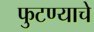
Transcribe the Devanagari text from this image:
फुटण्याचे